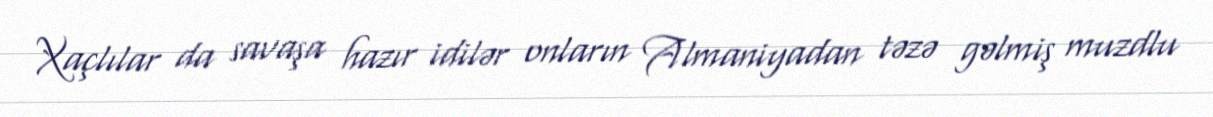
Xaçlılar da savaşa hazır idilər onların Almaniyadan təzə gəlmiş muzdlu